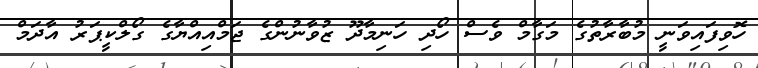
ހޮވިފައިވަނީ މުބާރާތުގެ މަގާމް ވެސް ހޯދި ހަނިމާދޫ ޒުވާނުންގެ ޖަމްއިއްޔާގެ ގޯލްކީޕަރު އާދަމް